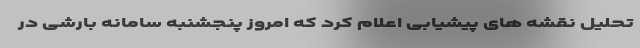
تحلیل نقشه های پیشیابی اعلام کرد که امروز پنجشنبه سامانه بارشی در